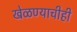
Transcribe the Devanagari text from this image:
खेळण्याचीही